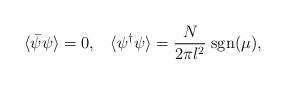
LaTeX: \begin{align*}\langle\bar{\psi}\psi\rangle = 0,\;\;\; \langle\psi^\dagger \psi\rangle = \frac{N}{2\pi l^2}\;{\rm sgn}(\mu),\end{align*}